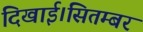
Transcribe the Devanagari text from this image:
दिखाई।सितम्बर